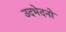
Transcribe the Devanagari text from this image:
उदभेदनो